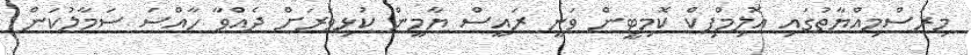
މިރަސްމިއްޔާތުގައި އޮލިމްޕިކް ކޮމިޓީން ވަނީ ރައީސް ޔާމީން ކުޅިވަރަށް ދެއްވާ ހާއްސަ ސަމާލުކަން